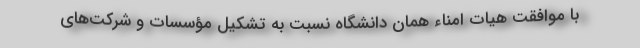
با موافقت هیات امناء همان دانشگاه نسبت به تشکیل مؤسسات و شرکت‌‌های